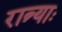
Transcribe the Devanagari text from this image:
रात्र्याः